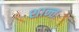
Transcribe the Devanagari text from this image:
शान्तः